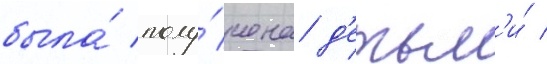
была́ полу́чена д'етьм'и́ /